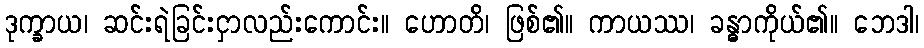
ဒုက္ခာယ၊ ဆင်းရဲခြင်းငှာလည်းကောင်း။ ဟောတိ၊ ဖြစ်၏။ ကာယဿ၊ ခန္ဓာကိုယ်၏။ ဘေဒါ၊